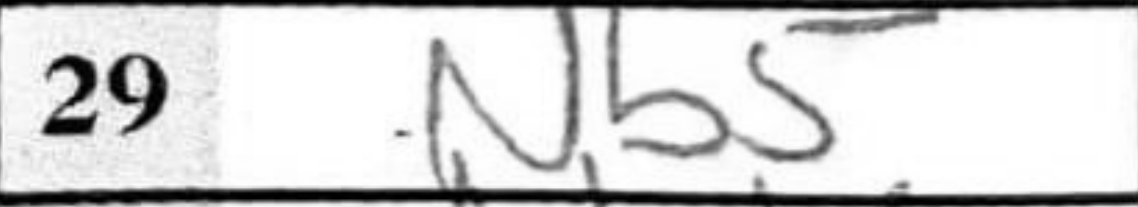
Transcription: Nb5